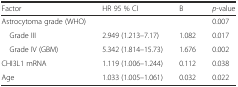
<table><thead><tr><td><b>Factor</b></td><td><b>HR 95 % CI</b></td><td><b>B</b></td><td><b><i>p</i>-value</b></td></tr></thead><tbody><tr><td>Astrocytoma grade (WHO)</td><td></td><td></td><td>0.007</td></tr><tr><td> Grade III</td><td>2.949 (1.213–7.17)</td><td>1.082</td><td>0.017</td></tr><tr><td> Grade IV (GBM)</td><td>5.342 (1.814–15.73)</td><td>1.676</td><td>0.002</td></tr><tr><td>CHI3L1 mRNA</td><td>1.119 (1.006–1.244)</td><td>0.112</td><td>0.038</td></tr><tr><td>Age</td><td>1.033 (1.005–1.061)</td><td>0.032</td><td>0.022</td></tr></tbody></table>